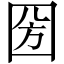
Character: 圀